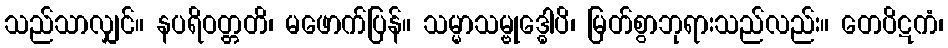
သည်သာလျှင်။ နပရိဝတ္တတိ၊ မဖောက်ပြန်။ သမ္မာသမ္ဗုဒ္ဓေါပိ၊ မြတ်စွာဘုရားသည်လည်း။ တေပိဋကံ၊